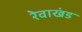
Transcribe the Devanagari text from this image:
रेवाखंड